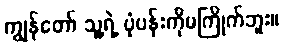
ကျွန်တော် သူ့ရဲ့ ပုံပန်းကိုမကြိုက်ဘူး။